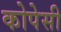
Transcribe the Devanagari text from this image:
कोपेसी